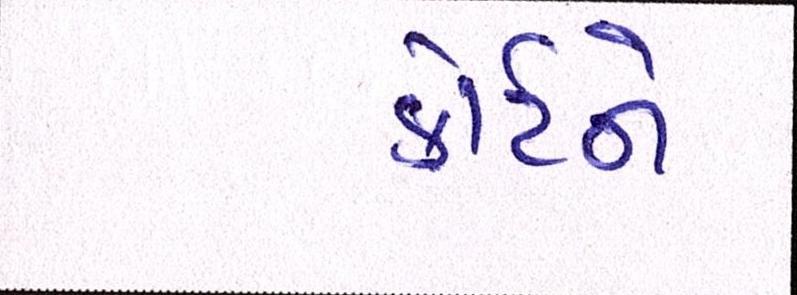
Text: કોર્ટને